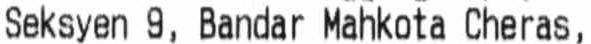
SEKSYEN 9, BANDAR MAHKOTA CHERAS,